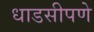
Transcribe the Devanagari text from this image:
धाडसीपणे